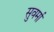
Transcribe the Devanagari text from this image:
सुवर्मा